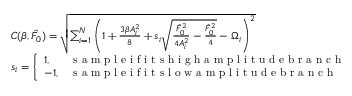
\begin{array} { r l } & { C ( \beta , \hat { F } _ { 0 } ) = \sqrt { \sum _ { i = 1 } ^ { N } { \left( 1 + \frac { 3 \beta A _ { i } ^ { 2 } } { 8 } + s _ { i } \sqrt { \frac { \hat { F } _ { 0 } ^ { 2 } } { 4 A _ { i } ^ { 2 } } - \frac { \hat { F } _ { 0 } ^ { 2 } } { 4 } } - \Omega _ { i } \right) ^ { 2 } } } } \\ & { s _ { i } = \left\{ \begin{array} { l l } { 1 , } & { \textrm { s a m p l e i f i t s h i g h a m p l i t u d e b r a n c h } } \\ { - 1 , } & { \textrm { s a m p l e i f i t s l o w a m p l i t u d e b r a n c h } } \end{array} \right. } \end{array}